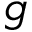
g